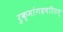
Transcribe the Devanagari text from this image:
रुक्मांगदचरितम्